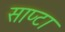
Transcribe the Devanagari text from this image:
साप्टा